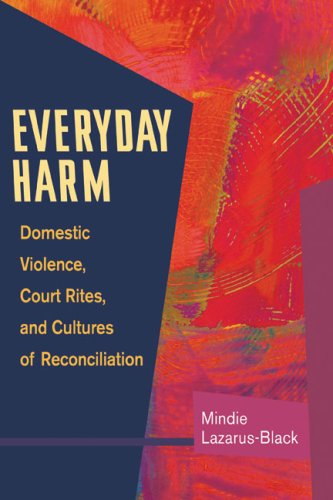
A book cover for Everyday Harm: Domestic Violence, Court Rites, and Cultures of Reconciliation; Mindie Lazarus-Black; Law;